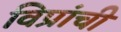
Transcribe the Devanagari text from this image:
विप्रांची